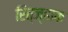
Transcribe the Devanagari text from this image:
रित्ज्हाक